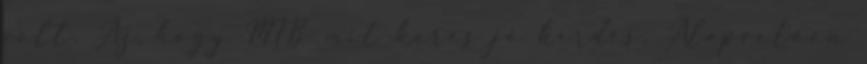
volt. Az, hogy MIB mit keres jó kérdés. Alapvetően